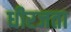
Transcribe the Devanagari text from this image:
धीरजता